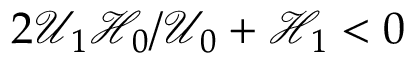
2 \mathcal { U } _ { 1 } \mathcal { H } _ { 0 } / \mathcal { U } _ { 0 } + \mathcal { H } _ { 1 } < 0